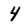
Character: 4